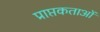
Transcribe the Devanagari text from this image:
प्राप्तकताओं